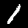
Digit: 1